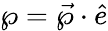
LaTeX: \wp=\vec{\wp}\cdot\hat{e}